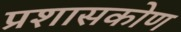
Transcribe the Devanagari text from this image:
प्रशासकोण